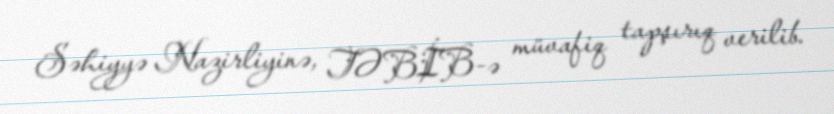
Səhiyyə Nazirliyinə, TƏBİB-ə müvafiq tapşırıq verilib.